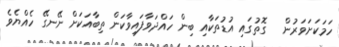
ހަމަކަށަވަރުން   ގޮތުގައި އުޑުތަކާއި ބިން ހައްދަވާފައިވާކަން ތިބާއަކަށް ނޭނގޭ ހެއްޔެވެ